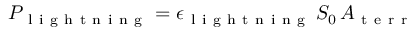
P _ { \mathrm { ~ l ~ i ~ g ~ h ~ t ~ n ~ i ~ n ~ g ~ } } = \epsilon _ { \mathrm { ~ l ~ i ~ g ~ h ~ t ~ n ~ i ~ n ~ g ~ } } \, S _ { 0 } \, A _ { \mathrm { ~ t ~ e ~ r ~ r ~ } }